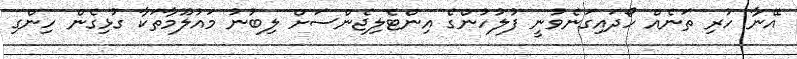
އޭނާ ހުރި ތަނެއް ހޯދައިގަނެވުނީ ފުލުހުންގެ އިންޓެލިޖެންސަށް ލިބުނު މައުލޫމާތަކާ ގުޅިގެން ހިންގި